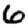
Digit: 6